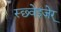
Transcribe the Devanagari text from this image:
स्छ्वेइज़ेर्